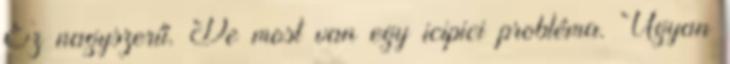
Ez nagyszerű. De most van egy icipici probléma. Ugyan